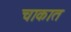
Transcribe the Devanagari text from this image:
चाकात